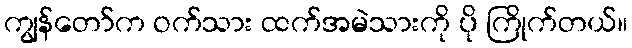
ကျွန်တော်က ဝက်သား ထက်အမဲသားကို ပို ကြိုက်တယ်။